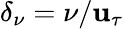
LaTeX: \delta_{\nu}=\nu/\mathbf{u}_{\tau}